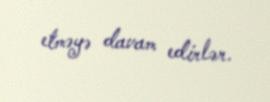
etməyə davam edirlər.